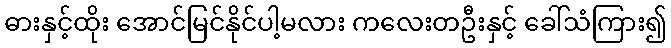
ဓားနှင့်ထိုး အောင်မြင်နိုင်ပါ့မလား ကလေးတဦးနှင့် ခေါ်သံကြား၍